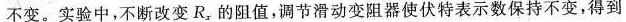
不变。实验中，不断改变R_{x}的阻值，调节滑动变阻器使伏特表示数保持不变，得到